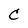
Character: C